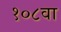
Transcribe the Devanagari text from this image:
१०८वा